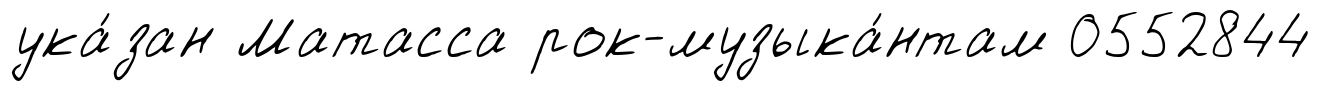
ука́зан Матасса рок-музыка́нтам 0552844